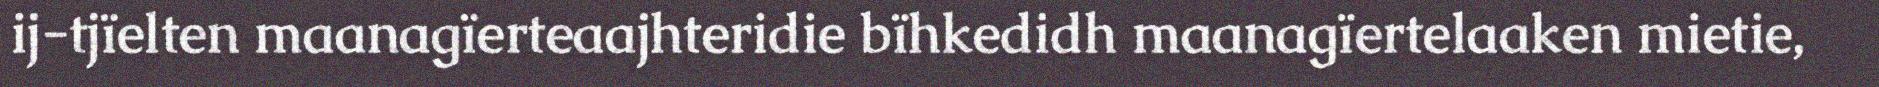
ij-tjïelten maanagïerteaajhteridie bïhkedidh maanagïertelaaken mietie,